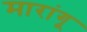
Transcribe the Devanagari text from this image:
मारांगू